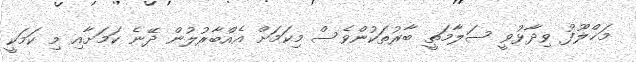
މަޚްލޫފު ވިދާޅުވީ ސަލާމަތީ ބާރުތަކުންވެސް މިކަމަށް އެއްބާރުލުން ދޭނެ ކަމަށާއި މި ކަމަކީ